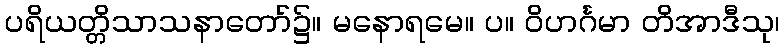
ပရိယတ္တိသာသနာတော်၌။ မနောရမေ။ ပ။ ဝိဟင်္ဂမာ တိအာဒီသု၊